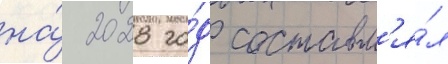
на́ 2028 го́д составл'я́л